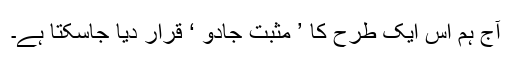
آج ہم اس ایک طرح کا ’ مثبت جادو ‘ قرار دیا جاسکتا ہے۔